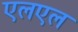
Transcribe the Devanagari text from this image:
एलएल